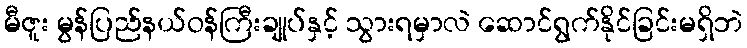
မီဇူး မွန်ပြည်နယ်ဝန်ကြီးချုပ်နှင့် သွားရမှာလဲ ဆောင်ရွက်နိုင်ခြင်းမရှိဘဲ